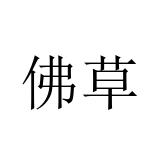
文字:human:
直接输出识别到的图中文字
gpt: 佛草